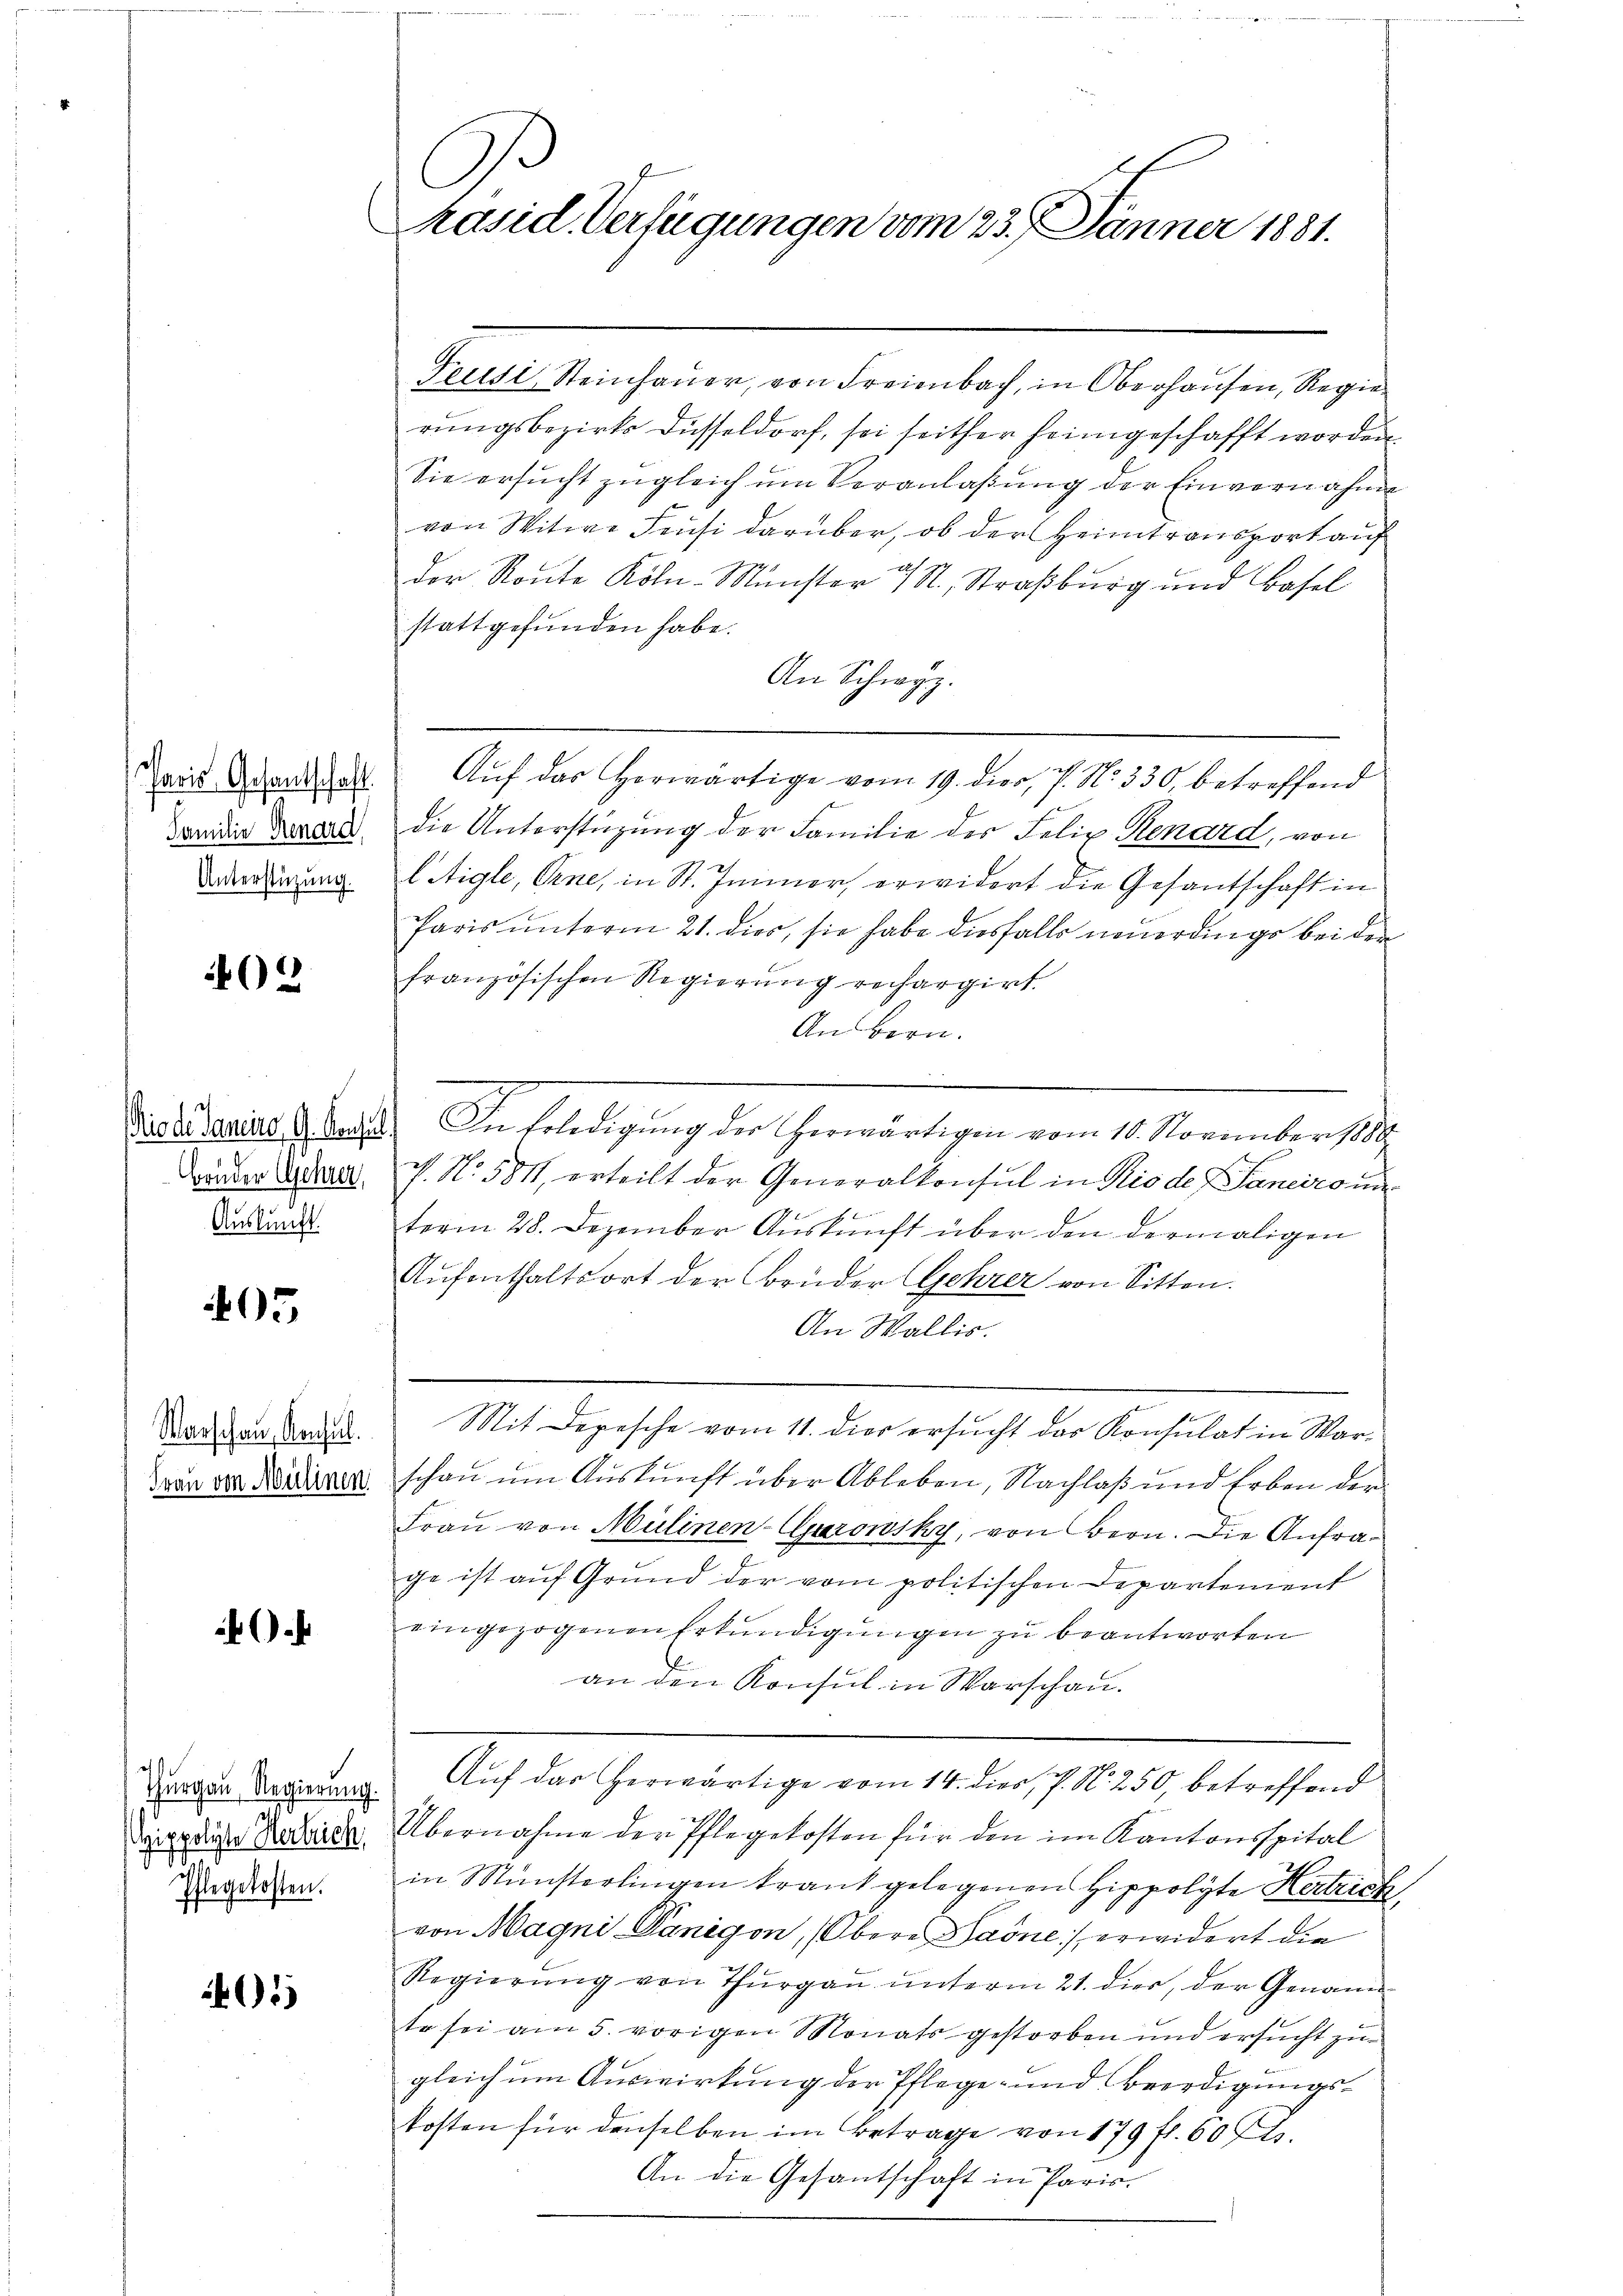
402

Bruder Gehrer,
Auskunft.

405

Warschau, Konsul

.

ass
Thurgau, Regierung.
ippolyte Verbrich,
Phlegekosten.

05

C
Präsid. Verfügungen vom 23. Jänner 1881.

Trudi Steinhauer, von Freienbach, in Oberhausen, Regierungsbezirks Düsseldorf, sei seither heimgeschafft worden
Sie ersucht zugleich um Veranlaßung der Einvernahme
von Witwe Feusi darüber, ob der Heimtransport auf
Der Route Köln-Münster 4 St. Straßburg und Basel
stattgefunden habe.
An Schwyz.
Zeit Grandat Aŭf das herwärtige vom 19. dier, P. Nr. 330. betreffend
Dan die Kanal die Unterstüzung der Familie des Felix Kenard, von
Dederung letigle, Oene, in St. Immer erwidert die Gesantschaft in
Paris unterm 21. dies, sie habe diesfalls neuerdings bei der
französischen Regierung rechargirt.
An Bern.
Preditairs & legt. In Erledigung der herwärtigen vom 18. November 1890
P. Nr. 5811, erteilt der Generalkonsul in Rio der Saneironi
term 28. Dezember Aŭskŭnft über den dermaligen
Aufenthaltsort der Brüder Gehrer von Sitten.
An Wallis.
Mit Depesche vom 11. dies ersucht das Konsulat in Warran von Niederen schon um Auskunft über Ableben, Nachlaß und Erben der
Frau von Mülinen-Garowsky, von Bern. Die Anfrage ist auf Grund der vom politischen Departement
eingezogenen Erkundigungen zu beantworten
an den Konsul in Warschau.
Auf das herwärtige vom 14. dies, P. N. 250, betreffend
Übernahme der Pflegekosten für den im Kantonsspital
in Münsterlingen trank gelegenen Hippolyte Hertrick
von Magni Dänigen, (Obere Paone) erwidert die
Regierŭng von Thŭrgaŭ ŭnterm 21. dier, der Genann
te sei am 5. vorigen Monats gestorben und ersucht zu
gleich um Auswirkung der Pflege- und Beerdigungskosten für denselben im Betrage von 179 fl. 60 fl.
An die Gesantschaft in Paris.